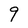
Character: q